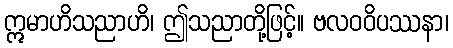
ဣမာဟိသညာဟိ၊ ဤသညာတို့ဖြင့်။ ဗလဝဝိပဿနာ၊